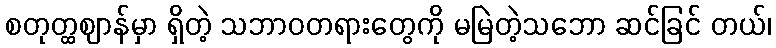
စတုတ္ထဈာန်မှာ ရှိတဲ့ သဘာဝတရားတွေကို မမြဲတဲ့သဘော ဆင်ခြင် တယ်၊